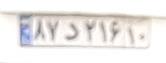
۸۷د۲۱۶۱۰